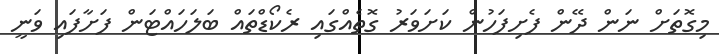
މިގޮތަށް ނަން ދޭން ފެށިފަހުން ކަށަވަރު ގޮތެއްގައި ރެކޯޑްތައް ބަލަހައްޓަން ފަށާފައި ވަނީ